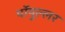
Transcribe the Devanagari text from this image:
पॉपुल्लर